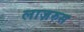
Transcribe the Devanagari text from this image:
लाज़रुस